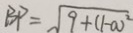
B P = \sqrt { 9 + ( 1 - a ) ^ { 2 } }